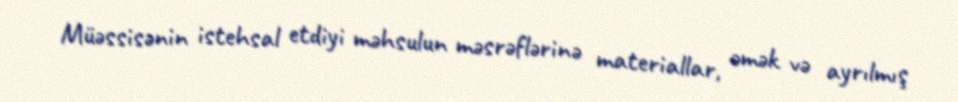
Müəssisənin istehsal etdiyi məhsulun məsrəflərinə materiallar, əmək və ayrılmış